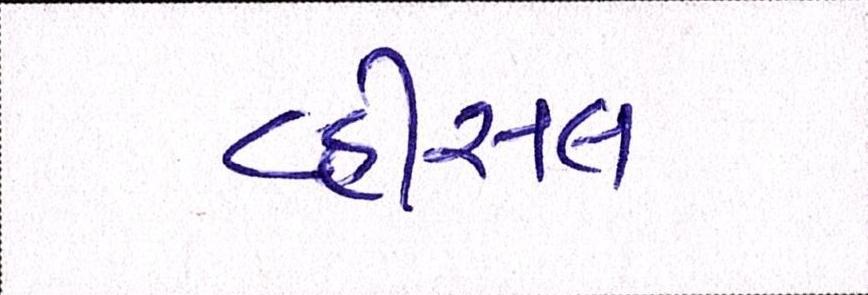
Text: વ્હીસલ